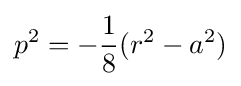
p^{2}=-{\frac {1}{8}}(r^{2}-a^{2})